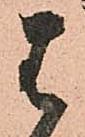
は